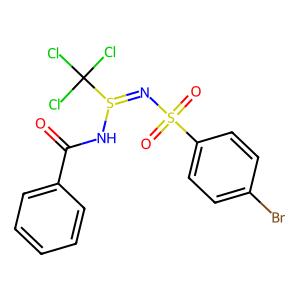
SMILES: O=C(NS(=NS(=O)(=O)c1ccc(Br)cc1)C(Cl)(Cl)Cl)c1ccccc1
Inhibits HIV replication: No